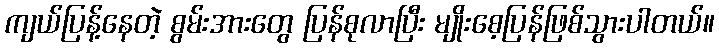
ကျယ်ပြန့်နေတဲ့ စွမ်းအားတွေ ပြန်စုလာပြီး မျိုးစေ့ပြန်ဖြစ်သွားပါတယ်။